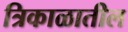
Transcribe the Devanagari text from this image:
त्रिकाळातील